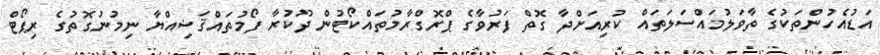
އަޑުއެހުންތަކުގެ ތާވަލުމައްސަލަތައް ކުރިއަށްދާ ގޮތް ފަރުވާގެ ޕްރޮގްރާމުތައްކޯޓުން ދޫކުރާ ފޯމުތައްޤަޟިއްޔާ ނިމުނުގޮތުގެ ރިޕޯޓް